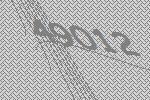
49012